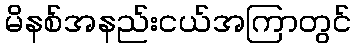
မိနစ်အနည်းငယ်အကြာတွင်